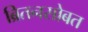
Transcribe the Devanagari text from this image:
ब्रितनसोबत